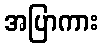
အပြာကား